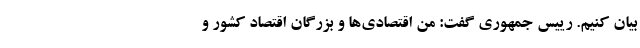
بیان کنیم. رییس جمهوری گفت: من اقتصادی‌ها و بزرگان اقتصاد کشور و